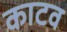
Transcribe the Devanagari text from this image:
काटव